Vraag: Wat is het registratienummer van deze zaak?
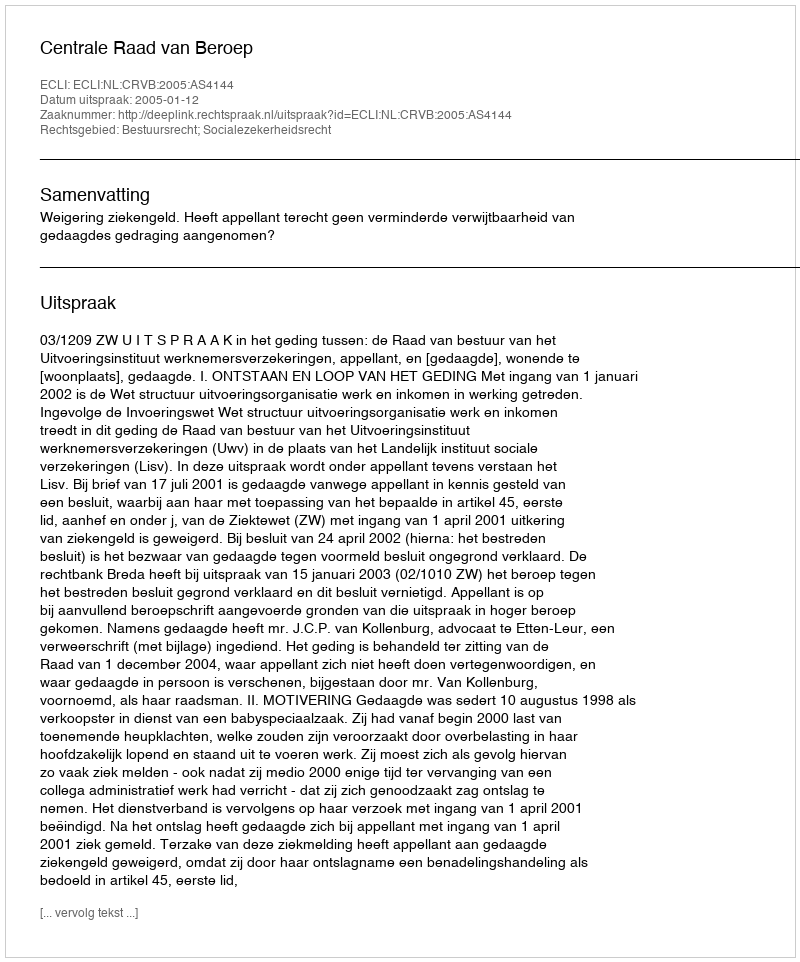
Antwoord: http://deeplink.rechtspraak.nl/uitspraak?id=ECLI:NL:CRVB:2005:AS4144